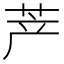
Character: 𱽤